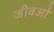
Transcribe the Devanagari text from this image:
जीवओं